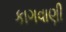
કાગવાણી